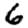
Digit: 6